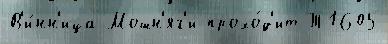
В'и́нн'ица Мошн'яг'и прохо́д'ит Т1605